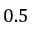
0 . 5